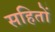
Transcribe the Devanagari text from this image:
सहितों